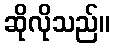
ဆိုလိုသည်။